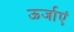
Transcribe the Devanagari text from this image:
ऊर्जाएं